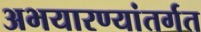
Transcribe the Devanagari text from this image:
अभयारण्यांतर्गत